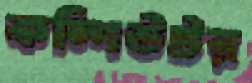
কম্পিউটর